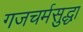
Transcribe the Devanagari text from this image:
गजचर्मसुद्धा